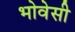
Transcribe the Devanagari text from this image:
भोवेसी